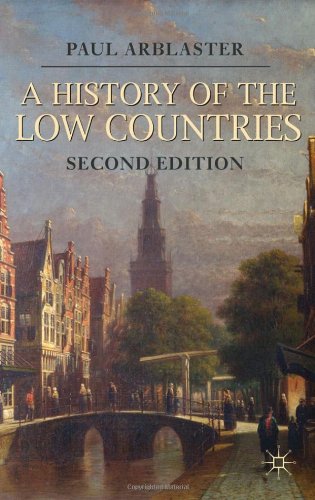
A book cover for A History of the Low Countries (Palgrave Essential Histories Series); Paul Arblaster; History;